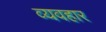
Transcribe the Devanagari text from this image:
व्यवहार